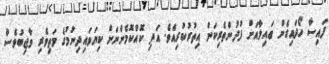
ފައިސާ ހޯދައިގެން ޢައިލާއަށް ފުދުންތެރިކަން އިތުރުކުރިއެވެ. އަދި ކޮއްކޮމެންނަށް ކިޔަވައިދިނުމުގެ މަތިވެރި ވާޖިބުވެސް